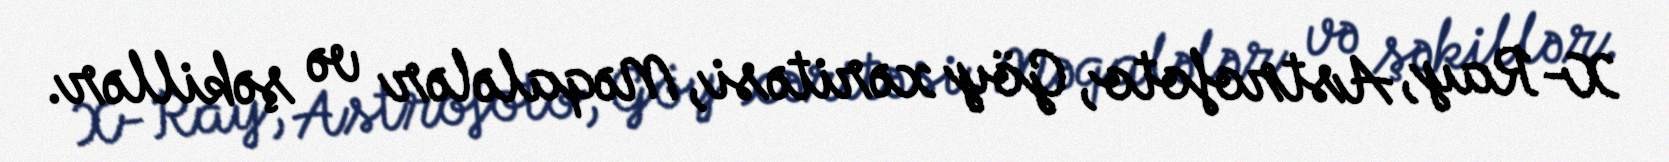
X-Ray, Astrofoto, Göy xəritəsi, Məqalələr və şəkillər.